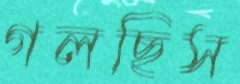
গলছিস